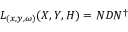
L _ { ( x , y , \omega ) } ( X , Y , H ) = N D N ^ { \dagger }